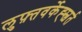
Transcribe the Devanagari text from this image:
लुफ़्तवर्केह्स्वर्त